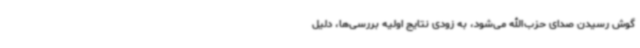
گوش رسیدن صدای حزب‌الله می‌شود، به زودی نتایج اولیه بررسی‌ها، دلیل